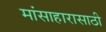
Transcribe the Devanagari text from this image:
मांसाहारासाठी